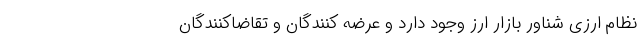
نظام ارزی شناور بازار ارز وجود دارد و عرضه کنندگان و تقاضاکنندگان